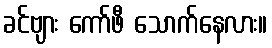
ခင်ဗျား ကော်ဖီ သောက်နေလား။